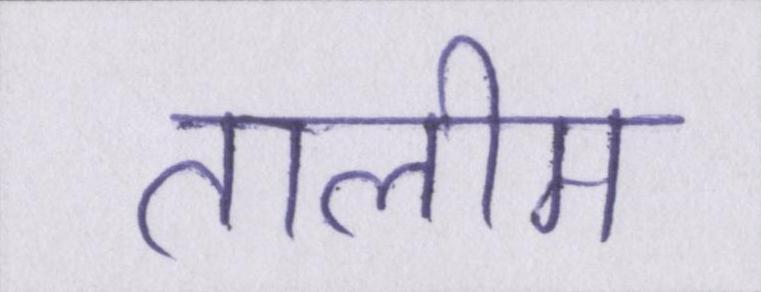
तालीम